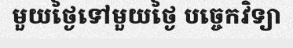
មួយថ្ងៃទៅមួយថ្ងៃ បច្ចេកវិទ្យា